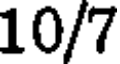
10/7